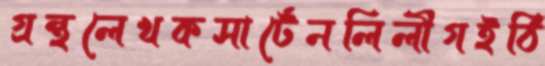
গ্রন্থলেখকসার্টেনলিলীগইঠি